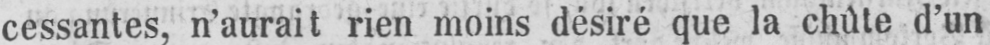
cessantes, n’aurait rien moins désiré que la chûte d’un